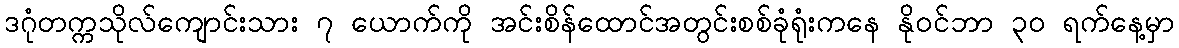
ဒဂုံတက္ကသိုလ်ကျောင်းသား ၇ ယောက်ကို အင်းစိန်ထောင်အတွင်းစစ်ခုံရုံးကနေ နို၀င်ဘာ ၃၀ ရက်နေ့မှာ